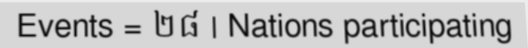
Events = ២៨ | Nations participating